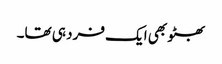
بھٹو بھی ایک فرد ہی تھا۔